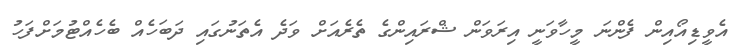
އެވީޑިއޯއިން ފެންނަ މީހާވަނީ އިރަވަން ޝްރައިންގެ ތެރެއަށް ވަދެ އެތަނުގައި ދަބަހެއް ބެހެއްޓުމަށްފަހު